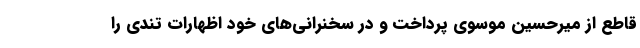
قاطع از میرحسین موسوی پرداخت و در سخنرانی‌های خود اظهارات تندی را